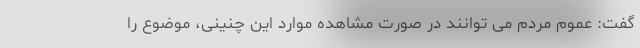
گفت: عموم مردم می توانند در صورت مشاهده موارد این چنینی، موضوع را